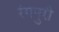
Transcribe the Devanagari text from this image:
रंगपुरी